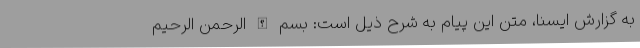
به گزارش ایسنا، متن این پیام به شرح ذیل است: بسم الله الرحمن الرحیم